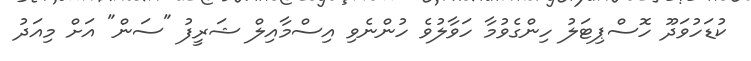
ކުޑަހުވަދޫ ހޮސްޕިޓަލު ހިންގެވުމާ ހަވާލުވެ ހުންނެވި އިސްމާއިލް ޝަރީފު "ސަން" އަށް މިއަދު